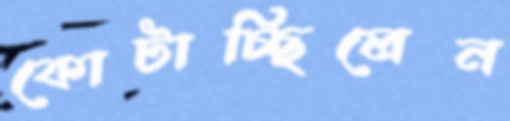
কোটাচ্ছিলেন